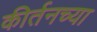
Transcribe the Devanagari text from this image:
कीर्तनच्या